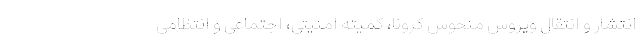
انتشار و انتقال ویروس منحوس کرونا، کمیته امنیتی، اجتماعی و انتظامی